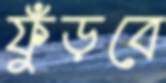
ফুঁড়বে